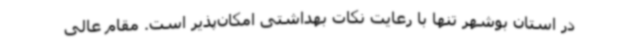
در استان بوشهر تنها با رعایت نکات بهداشتی امکان‌پذیر است. مقام عالی